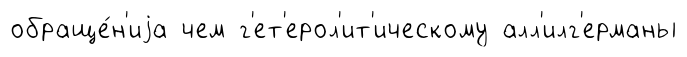
обраще́н'иjа чем г'ет'ерол'ит'ическому алл'илг'ерманы